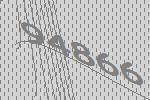
94866